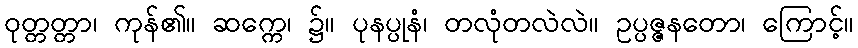
ဝုတ္တတ္တာ၊ ကုန်၏။ ဆက္ကေ၊ ၌။ ပုနပ္ပုနံ၊ တလုံတလဲလဲ။ ဥပ္ပဇ္ဇနတော၊ ကြောင့်။